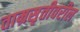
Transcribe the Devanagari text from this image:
ताम्रसृतीवरील